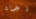
رجاء